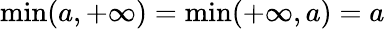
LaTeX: \operatorname*{min}(a,+\infty)=\operatorname*{min}(+\infty,a)=a